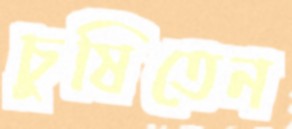
চুষিতেন